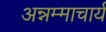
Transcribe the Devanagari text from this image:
अन्नम्माचार्य